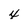
Character: 4